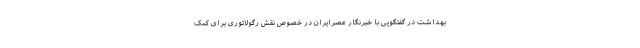
بهداشت در گفتگویی با خبرنگار عصرایران در خصوص نقش رگولاتوری برای کمک